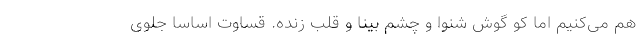
هم می‌کنیم اما کو گوش شنوا و چشم بینا و قلب زنده. قساوت اساسا جلوی